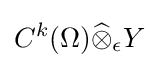
C^{k}(\Omega ){\widehat {\otimes }}_{\epsilon }Y